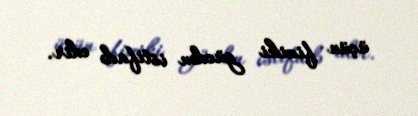
üçün fiziki gücdən istifadə edir.